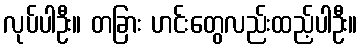
လုပ်ပါဦး။ တခြား ဟင်းတွေလည်းထည့်ပါဦး။